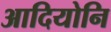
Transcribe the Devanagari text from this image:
आदियोनि